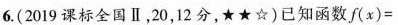
6.(2019课标全国Ⅱ，20，12分，★★☆)已知函数$$f ( x ) =